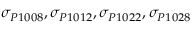
\sigma _ { P 1 0 0 8 } , \sigma _ { P 1 0 1 2 } , \sigma _ { P 1 0 2 2 } , \sigma _ { P 1 0 2 8 }